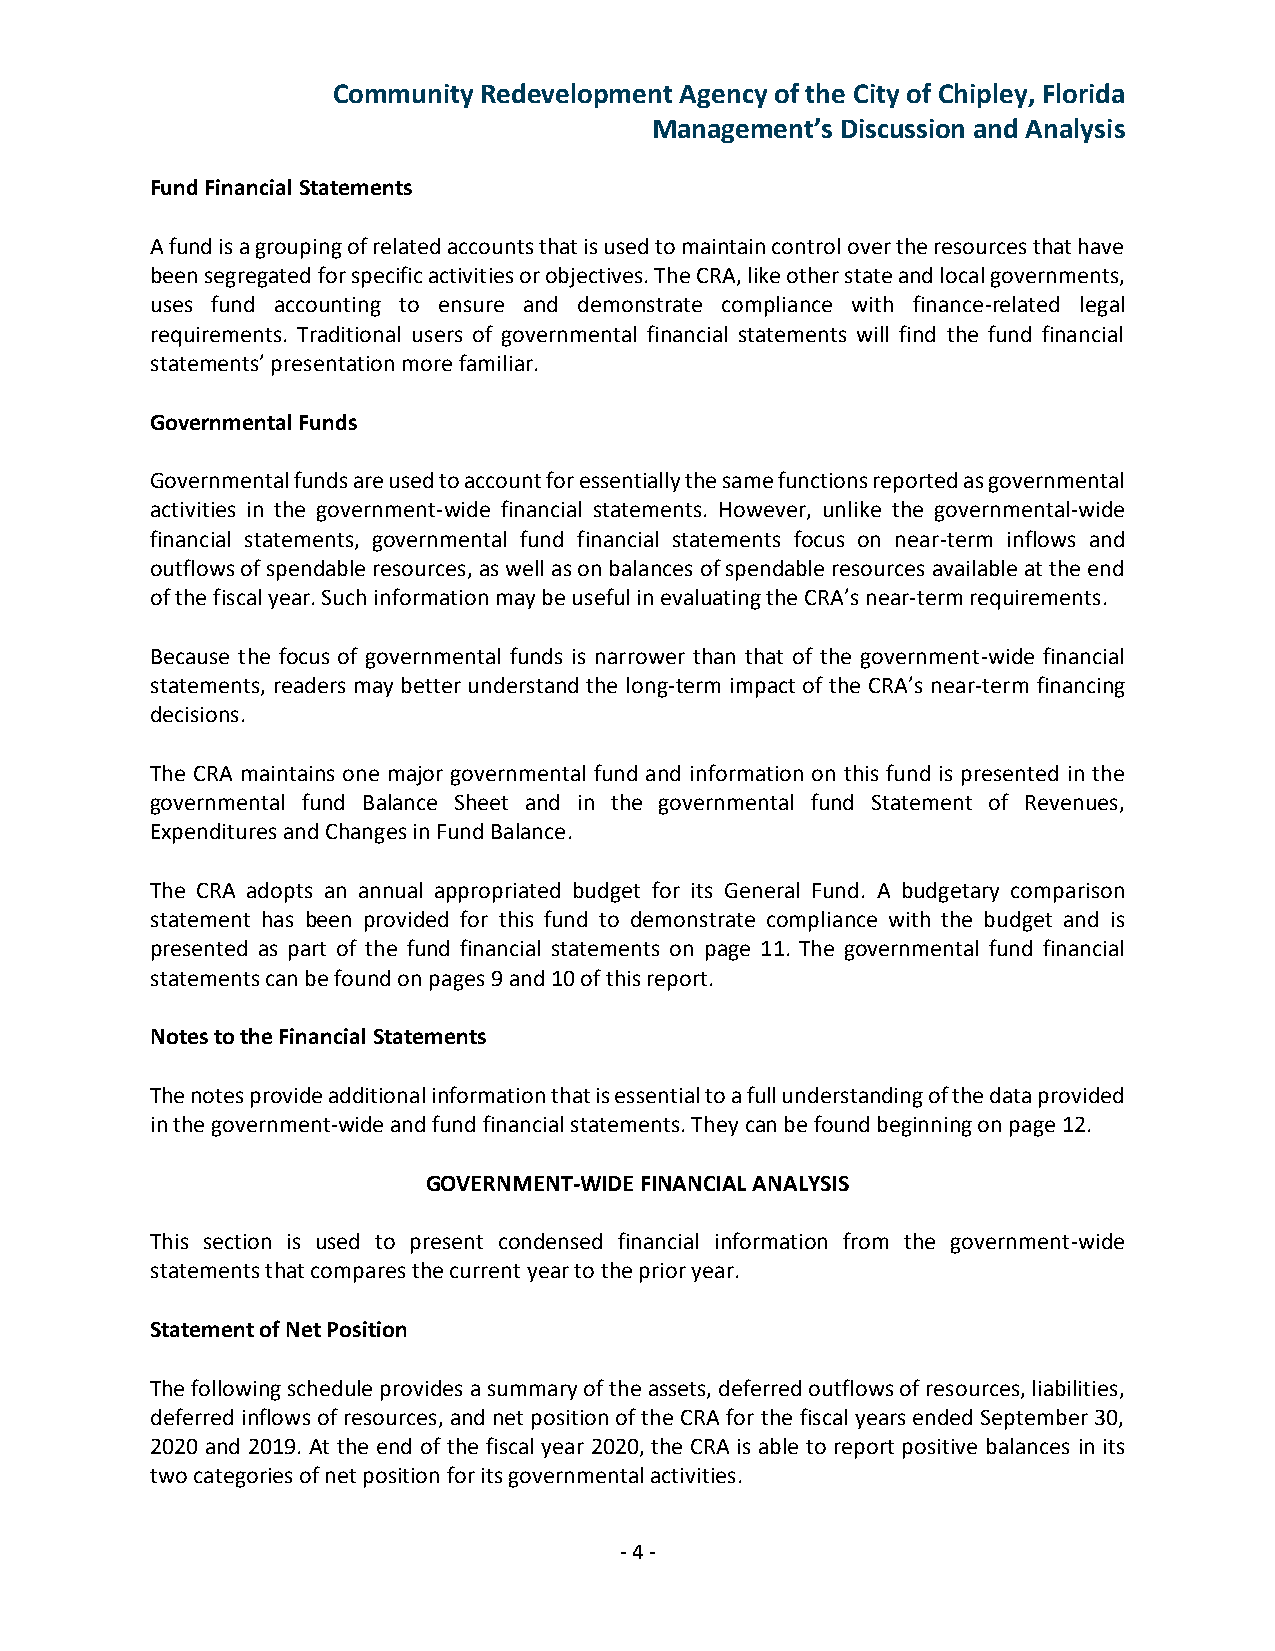
Community Redevelopment Agency of the City of Chipley, Florida
 Management’s Discussion and Analysis
 Fund Financial Statements
 A fund is a grouping of related accounts that is used to maintain control over the resources that have
 been segregated for specific activities or objectives. The CRA, like other state and local governments,
 uses fund accounting to ensure and demonstrate compliance with finance-related legal
 requirements. Traditional users of governmental financial statements will find the fund financial
 statements’ presentation more familiar.
 Governmental Funds
 Governmental funds are used to account for essentially the same functions reported as governmental
 activities in the government-wide financial statements. However, unlike the governmental-wide
 financial statements, governmental fund financial statements focus on near-term inflows and
 outflows of spendable resources, as well as on balances of spendable resources available at the end
 of the fiscal year. Such information may be useful in evaluating the CRA’s near-term requirements.
 Because the focus of governmental funds is narrower than that of the government-wide financial
 statements, readers may better understand the long-term impact of the CRA’s near-term financing
 decisions.
 The CRA maintains one major governmental fund and information on this fund is presented in the
 governmental fund Balance Sheet and in the governmental fund Statement of Revenues,
 Expenditures and Changes in Fund Balance.
 The CRA adopts an annual appropriated budget for its General Fund. A budgetary comparison
 statement has been provided for this fund to demonstrate compliance with the budget and is
 presented as part of the fund financial statements on page 11. The governmental fund financial
 statements can be found on pages 9 and 10 of this report.
 Notes to the Financial Statements
 The notes provide additional information that is essential to a full understanding of the data provided
 in the government-wide and fund financial statements. They can be found beginning on page 12.
 GOVERNMENT-WIDE FINANCIAL ANALYSIS
 This section is used to present condensed financial information from the government-wide
 statements that compares the current year to the prior year.
 Statement of Net Position
 The following schedule provides a summary of the assets, deferred outflows of resources, liabilities,
 deferred inflows of resources, and net position of the CRA for the fiscal years ended September 30,
 2020 and 2019. At the end of the fiscal year 2020, the CRA is able to report positive balances in its
 two categories of net position for its governmental activities.
 - 4 -